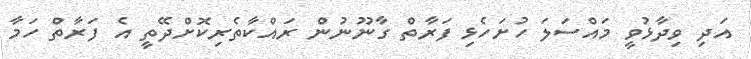
އަދި ވިދާޅުވީ މައްސަލަ ހުށަހެޅި ފަރާތް ގާނޫނުން ރައްކާތެރިކޮށްދޭތީ އެ ފަރާތް ހަމާ